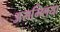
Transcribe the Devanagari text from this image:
असम्ब्लिया